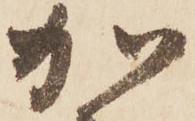
加